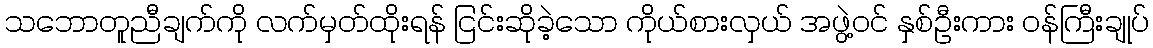
သဘောတူညီချက်ကို လက်မှတ်ထိုးရန် ငြင်းဆိုခဲ့သော ကိုယ်စားလှယ် အဖွဲ့ဝင် နှစ်ဦးကား ဝန်ကြီးချုပ်